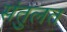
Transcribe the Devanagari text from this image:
संतुलत